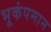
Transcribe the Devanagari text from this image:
भूकंपमान